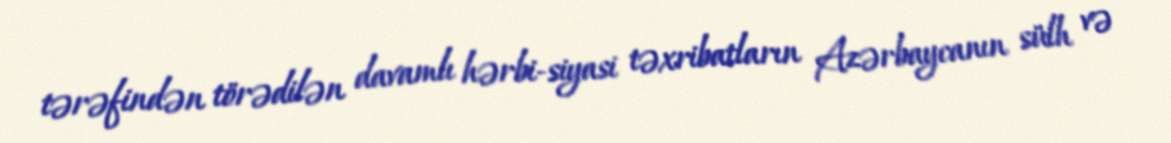
tərəfindən törədilən davamlı hərbi-siyasi təxribatların Azərbaycanın sülh və